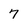
Character: 7